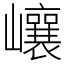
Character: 㠤